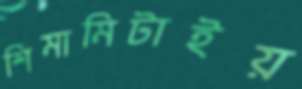
শিমামিটাইয়